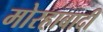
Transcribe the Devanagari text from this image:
मोरहाबादी